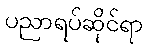
ပညာရပ်ဆိုင်ရာ